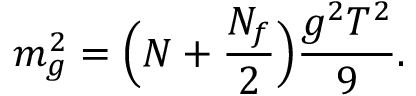
m _ { g } ^ { 2 } = \Big ( N + { \frac { N _ { f } } { 2 } } \Big ) { \frac { g ^ { 2 } T ^ { 2 } } { 9 } } .